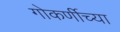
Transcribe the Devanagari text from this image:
गोकर्णीच्या